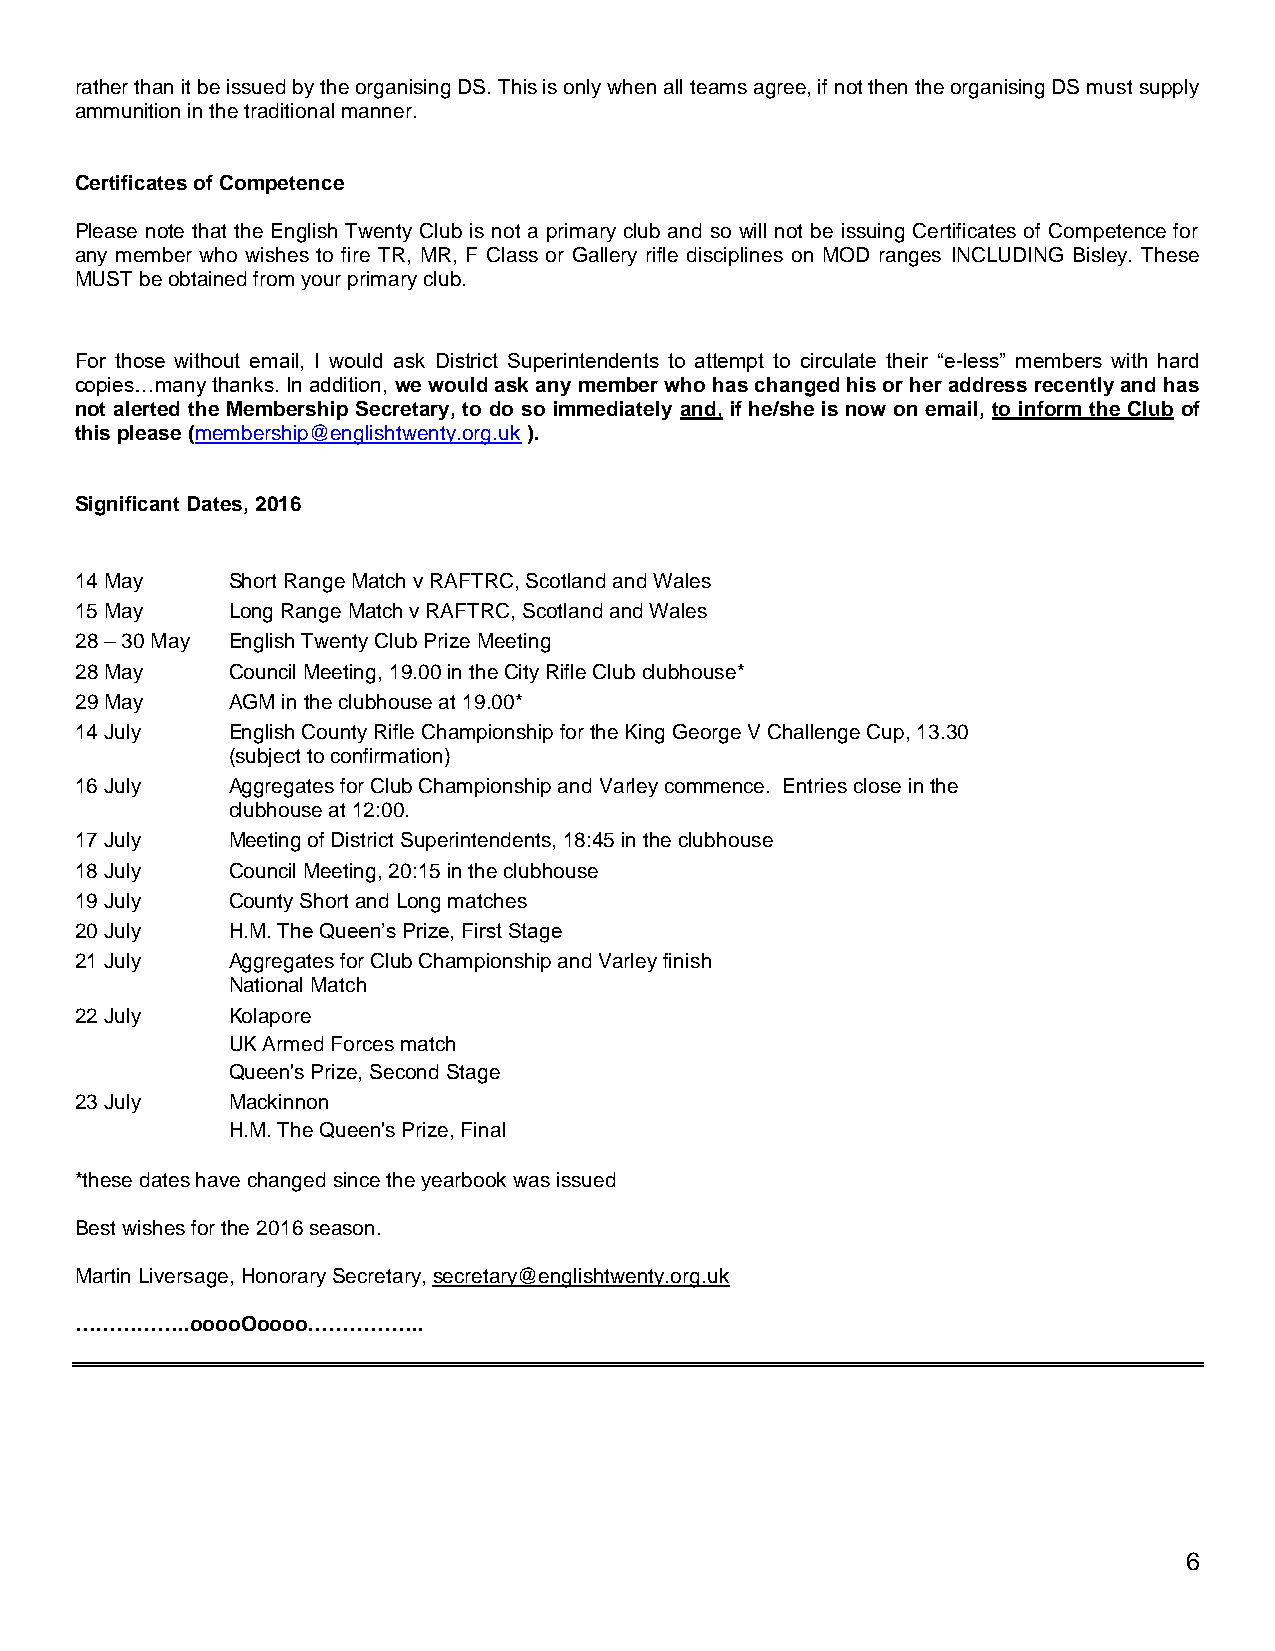
rather than it be issued by the organising DS. This is only when all teams agree, if not then the organising DS must supply
 ammunition in the traditional manner.
 Certificates of Competence
 Please note that the English Twenty Club is not a primary club and so will not be issuing Certificates of Competence for
 any member who wishes to fire TR, MR, F Class or Gallery rifle disciplines on MOD ranges INCLUDING Bisley. These
 MUST be obtained from your primary club.
 For those without email, I would ask District Superintendents to attempt to circulate their “e-less” members with hard
 copies…many thanks. In addition, we would ask any member who has changed his or her address recently and has
 not alerted the Membership Secretary, to do so immediately and, if he/she is now on email, to inform the Club of
 this please (membership@englishtwenty.org.uk ).
 Significant Dates, 2016
 14 May    Short Range Match v RAFTRC, Scotland and Wales
 15 May    Long Range Match v RAFTRC, Scotland and Wales
 28 – 30 May English Twenty Club Prize Meeting
 28 May    Council Meeting, 19.00 in the City Rifle Club clubhouse*
 29 May    AGM in the clubhouse at 19.00*
 14 July   English County Rifle Championship for the King George V Challenge Cup, 13.30
 (subject to confirmation)
 16 July   Aggregates for Club Championship and Varley commence. Entries close in the
 clubhouse at 12:00.
 17 July   Meeting of District Superintendents, 18:45 in the clubhouse
 18 July   Council Meeting, 20:15 in the clubhouse
 19 July   County Short and Long matches
 20 July   H.M. The Queen’s Prize, First Stage
 21 July   Aggregates for Club Championship and Varley finish
 National Match
 22 July   Kolapore
 UK Armed Forces match
 Queen's Prize, Second Stage
 23 July   Mackinnon
 H.M. The Queen's Prize, Final
 *these dates have changed since the yearbook was issued
 Best wishes for the 2016 season.
 Martin Liversage, Honorary Secretary, secretary@englishtwenty.org.uk
 ……………..ooooOoooo……………..
 6